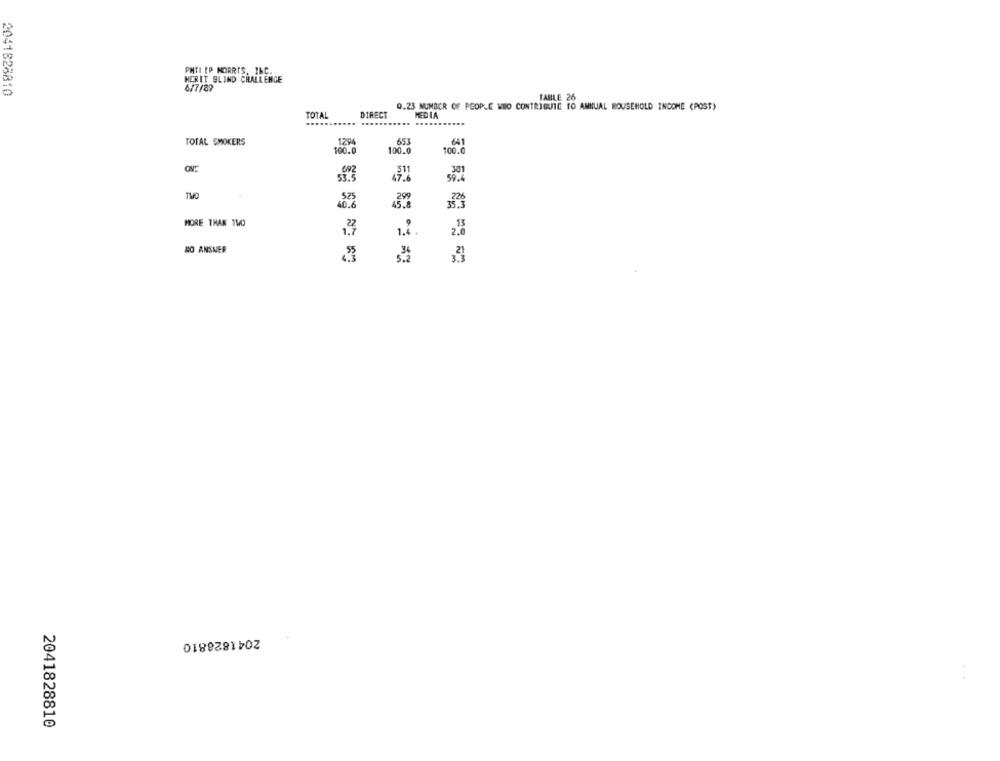
PHTI EP MORRIS, INC.
HERET BLIND CHALLENGE
2041828810
6/7/89
TABLE 26
Q.23 NUMBER OF PEOPLE WHO CONTRIBUTE TO ANNUAL HOUSEHOLD INCOME (POST)
TOTAL
DIRECT
MEDIA
TOTAL SMOKERS
1294
653
641
100.0
100.0
100.0
53.3
301
525
40.6
45.8
MORE THAN 140
.13
1.4.
NO ANSWER
2041828810
2041828810